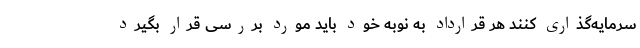
سرمایه‌گذاری کنند هر قرارداد به نوبه خود باید مورد بررسی قرار بگیرد